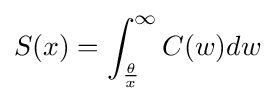
S(x)=\int _{\frac {\theta }{x}}^{\infty }C(w)dw